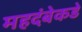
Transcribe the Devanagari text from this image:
महदंबेकडे